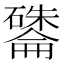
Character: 𪿽